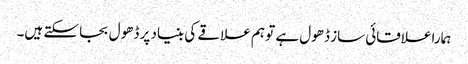
ہمارا علاقائی ساز ڈھول ہے تو ہم علاقے کی بنیاد پر ڈھول بجا سکتے ہیں۔